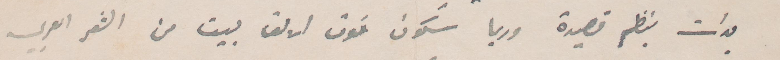
بدات بنظم قصيدة وربما ستكون فوق الالف بين من الشعر العربي